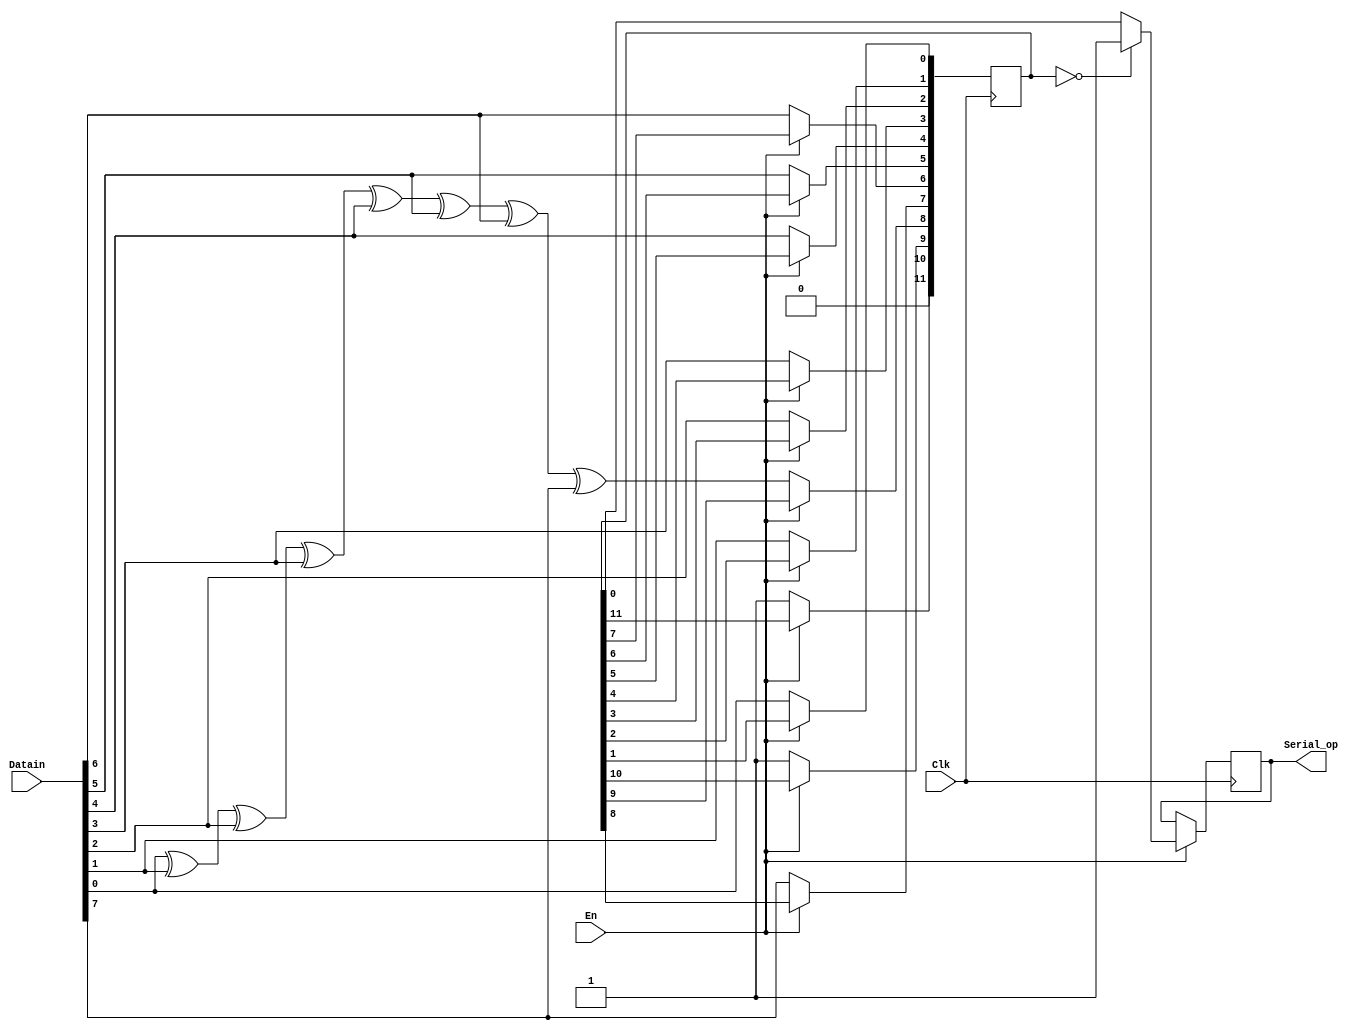
module UART_Tx(
	input wire[7:0] Datain,
	input wire Clk,En,
	output reg Serial_op);
	wire parity;
	assign parity=Datain[0]^Datain[1]^Datain[2]^Datain[3]^Datain[4]^Datain[5]^Datain[6]^Datain[7];
	reg[11:0] dataframe;
	reg Serial_buf;
	always @(posedge Clk)
	begin
		if(En==0)
		 begin
			dataframe[0]=0;
			dataframe[10]=1;
			dataframe[11]=1;
			dataframe[1]=Datain[0];
			dataframe[2]=Datain[1];
			dataframe[3]=Datain[2];
			dataframe[4]=Datain[3];
			dataframe[5]=Datain[4];
			dataframe[6]=Datain[5];
			dataframe[7]=Datain[6];
			dataframe[8]=Datain[7];
			dataframe[9]=parity;
		end
	else
		if(dataframe==0)
			begin
				Serial_op=1;
			end
		else
			Serial_op=dataframe[0];
			dataframe=dataframe>>1;
		
	end 
endmodule